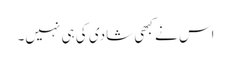
اس نے کبھی شادی کی ہی نہیں۔